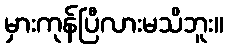
မှားကုန်ပြီလားမသိဘူး။